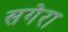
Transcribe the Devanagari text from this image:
सगेरा